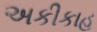
અકીકાહ